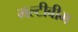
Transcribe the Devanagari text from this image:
मल्टीबीम